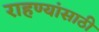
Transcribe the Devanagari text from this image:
राहण्यांसाठी